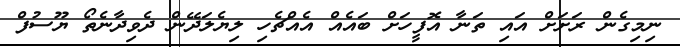
ނިމިގެން ރަށަށް އައި ތަނާ އޮފީހަށް ބައެއް އެއްޗެހި ލިޔެލަދޭން ދެވިދާނެތޯ ޔޫސުފް